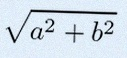
\sqrt{a^2+b^2}